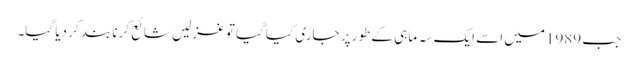
جب 1989میں اسے ایک سہ ماہی کے طور پر جاری کیا گیا تو غزلیں شائع کرنا بند کر دیا گیا۔